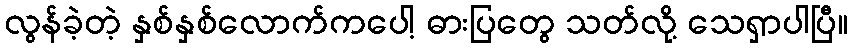
လွန်ခဲ့တဲ့ နှစ်နှစ်လောက်ကပေါ့ ဓားပြတွေ သတ်လို့ သေရှာပါပြီ။